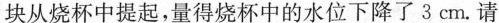
块从烧杯中提起，量得烧杯中的水位下降了3cm。请